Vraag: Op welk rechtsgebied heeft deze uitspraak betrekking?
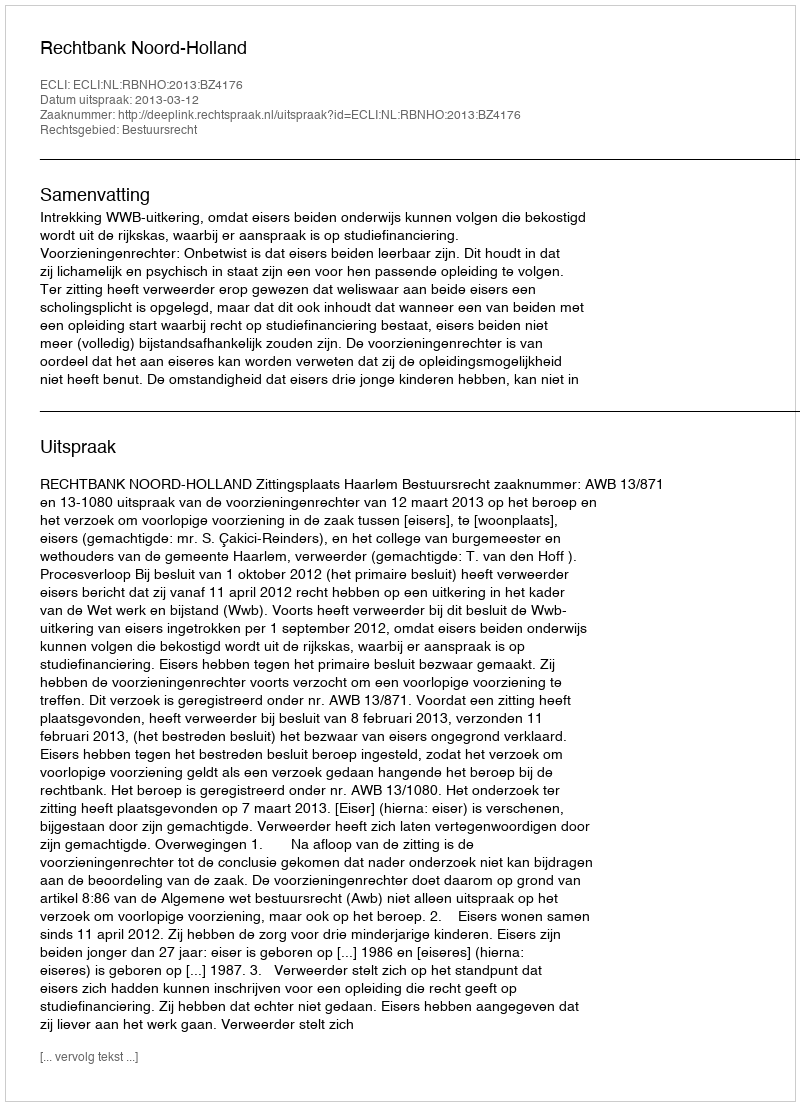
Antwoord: Bestuursrecht